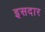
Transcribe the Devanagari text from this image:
इसदार